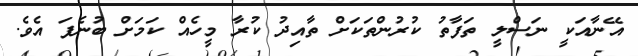
އޭނާއަކީ ނަސްލީ ތަފާތު ކުރުންތަކަށް ތާއިދު ކުރާ މީހެއް ކަމަށް ބުނެފަ އެވެ.